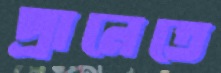
প্রানেতে